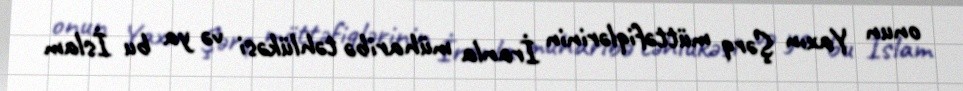
onun Yaxın Şərq müttəfiqlərinin İranla müharibə təhlükəsi və ya bu İslam